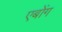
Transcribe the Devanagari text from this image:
एबोंग